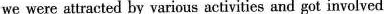
we were attracted by various activities and got involved